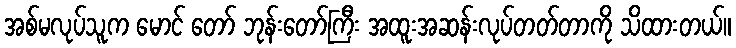
အစ်မလုပ်သူက မောင် တော် ဘုန်းတော်ကြီး အထူးအဆန်းလုပ်တတ်တာကို သိထားတယ်။